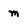
Character: m